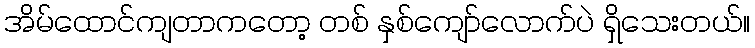
အိမ်ထောင်ကျတာကတော့ တစ် နှစ်ကျော်လောက်ပဲ ရှိသေးတယ်။